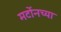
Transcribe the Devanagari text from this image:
मर्टोनच्या